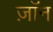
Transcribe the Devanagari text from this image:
ज़ॉन